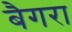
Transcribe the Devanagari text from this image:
बैगरा